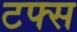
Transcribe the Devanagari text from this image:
टफ्स